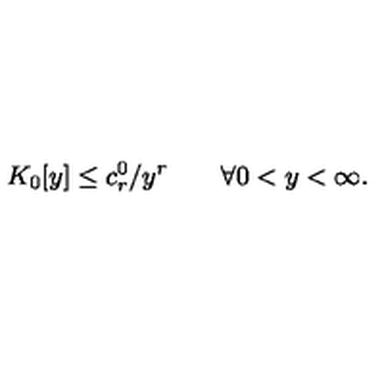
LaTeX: K _ { 0 } [ y ] \leq c _ { r } ^ { 0 } / y ^ { r } \qquad \forall 0 < y < \infty .